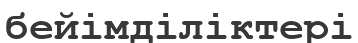
бейімділіктері